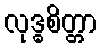
လုဒ္ဓစိတ္တာ